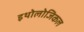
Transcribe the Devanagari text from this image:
इथोलोजिकल